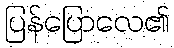
ပြန်ပြောလေ၏